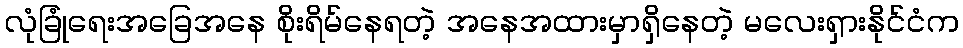
လုံခြုံရေးအခြေအနေ စိုးရိမ်နေရတဲ့ အနေအထားမှာရှိနေတဲ့ မလေးရှားနိုင်ငံက